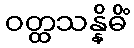
ဝတ္ထသန္နိဓိံ